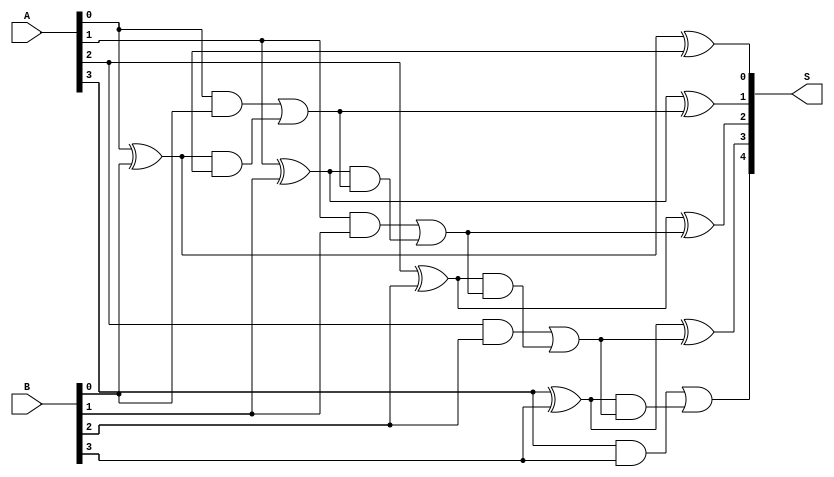
module brent_kung_adder (
    input wire [N-1:0] A,
    input wire [N-1:0] B,
    output wire [N:0] S
);

// Define parameters
parameter N = 4;

// Define signals
wire [N-1:0] P, G;
wire [N:1] C;

// Generate propagate and generate signals
genvar i;
generate
    for (i = 0; i < N; i = i + 1) begin : gen_loop
        assign P[i] = A[i] ^ B[i];
        assign G[i] = A[i] & B[i];
    end
endgenerate

// Generate carry signals
generate
    assign C[0] = 1'b0;
    for (i = 1; i <= N; i = i + 1) begin : carry_loop
        assign C[i] = G[i-1] | (P[i-1] & C[i-1]);
    end
endgenerate

// Generate sum signals
generate
    for (i = 0; i < N; i = i + 1) begin : sum_loop
        assign S[i] = A[i] ^ B[i] ^ C[i];
    end
    assign S[N] = C[N];
endgenerate

endmodule